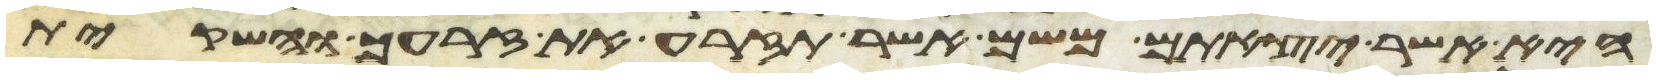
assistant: היא אשר יצאתם משם אשר תזרע את זרעך והשקית